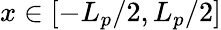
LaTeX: x\in[-L_{p}/2,L_{p}/2]